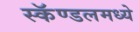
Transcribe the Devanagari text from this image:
स्कॅण्डलमध्ये